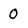
Character: 0